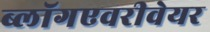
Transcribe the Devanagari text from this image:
ब्लॉगएवरीवेयर